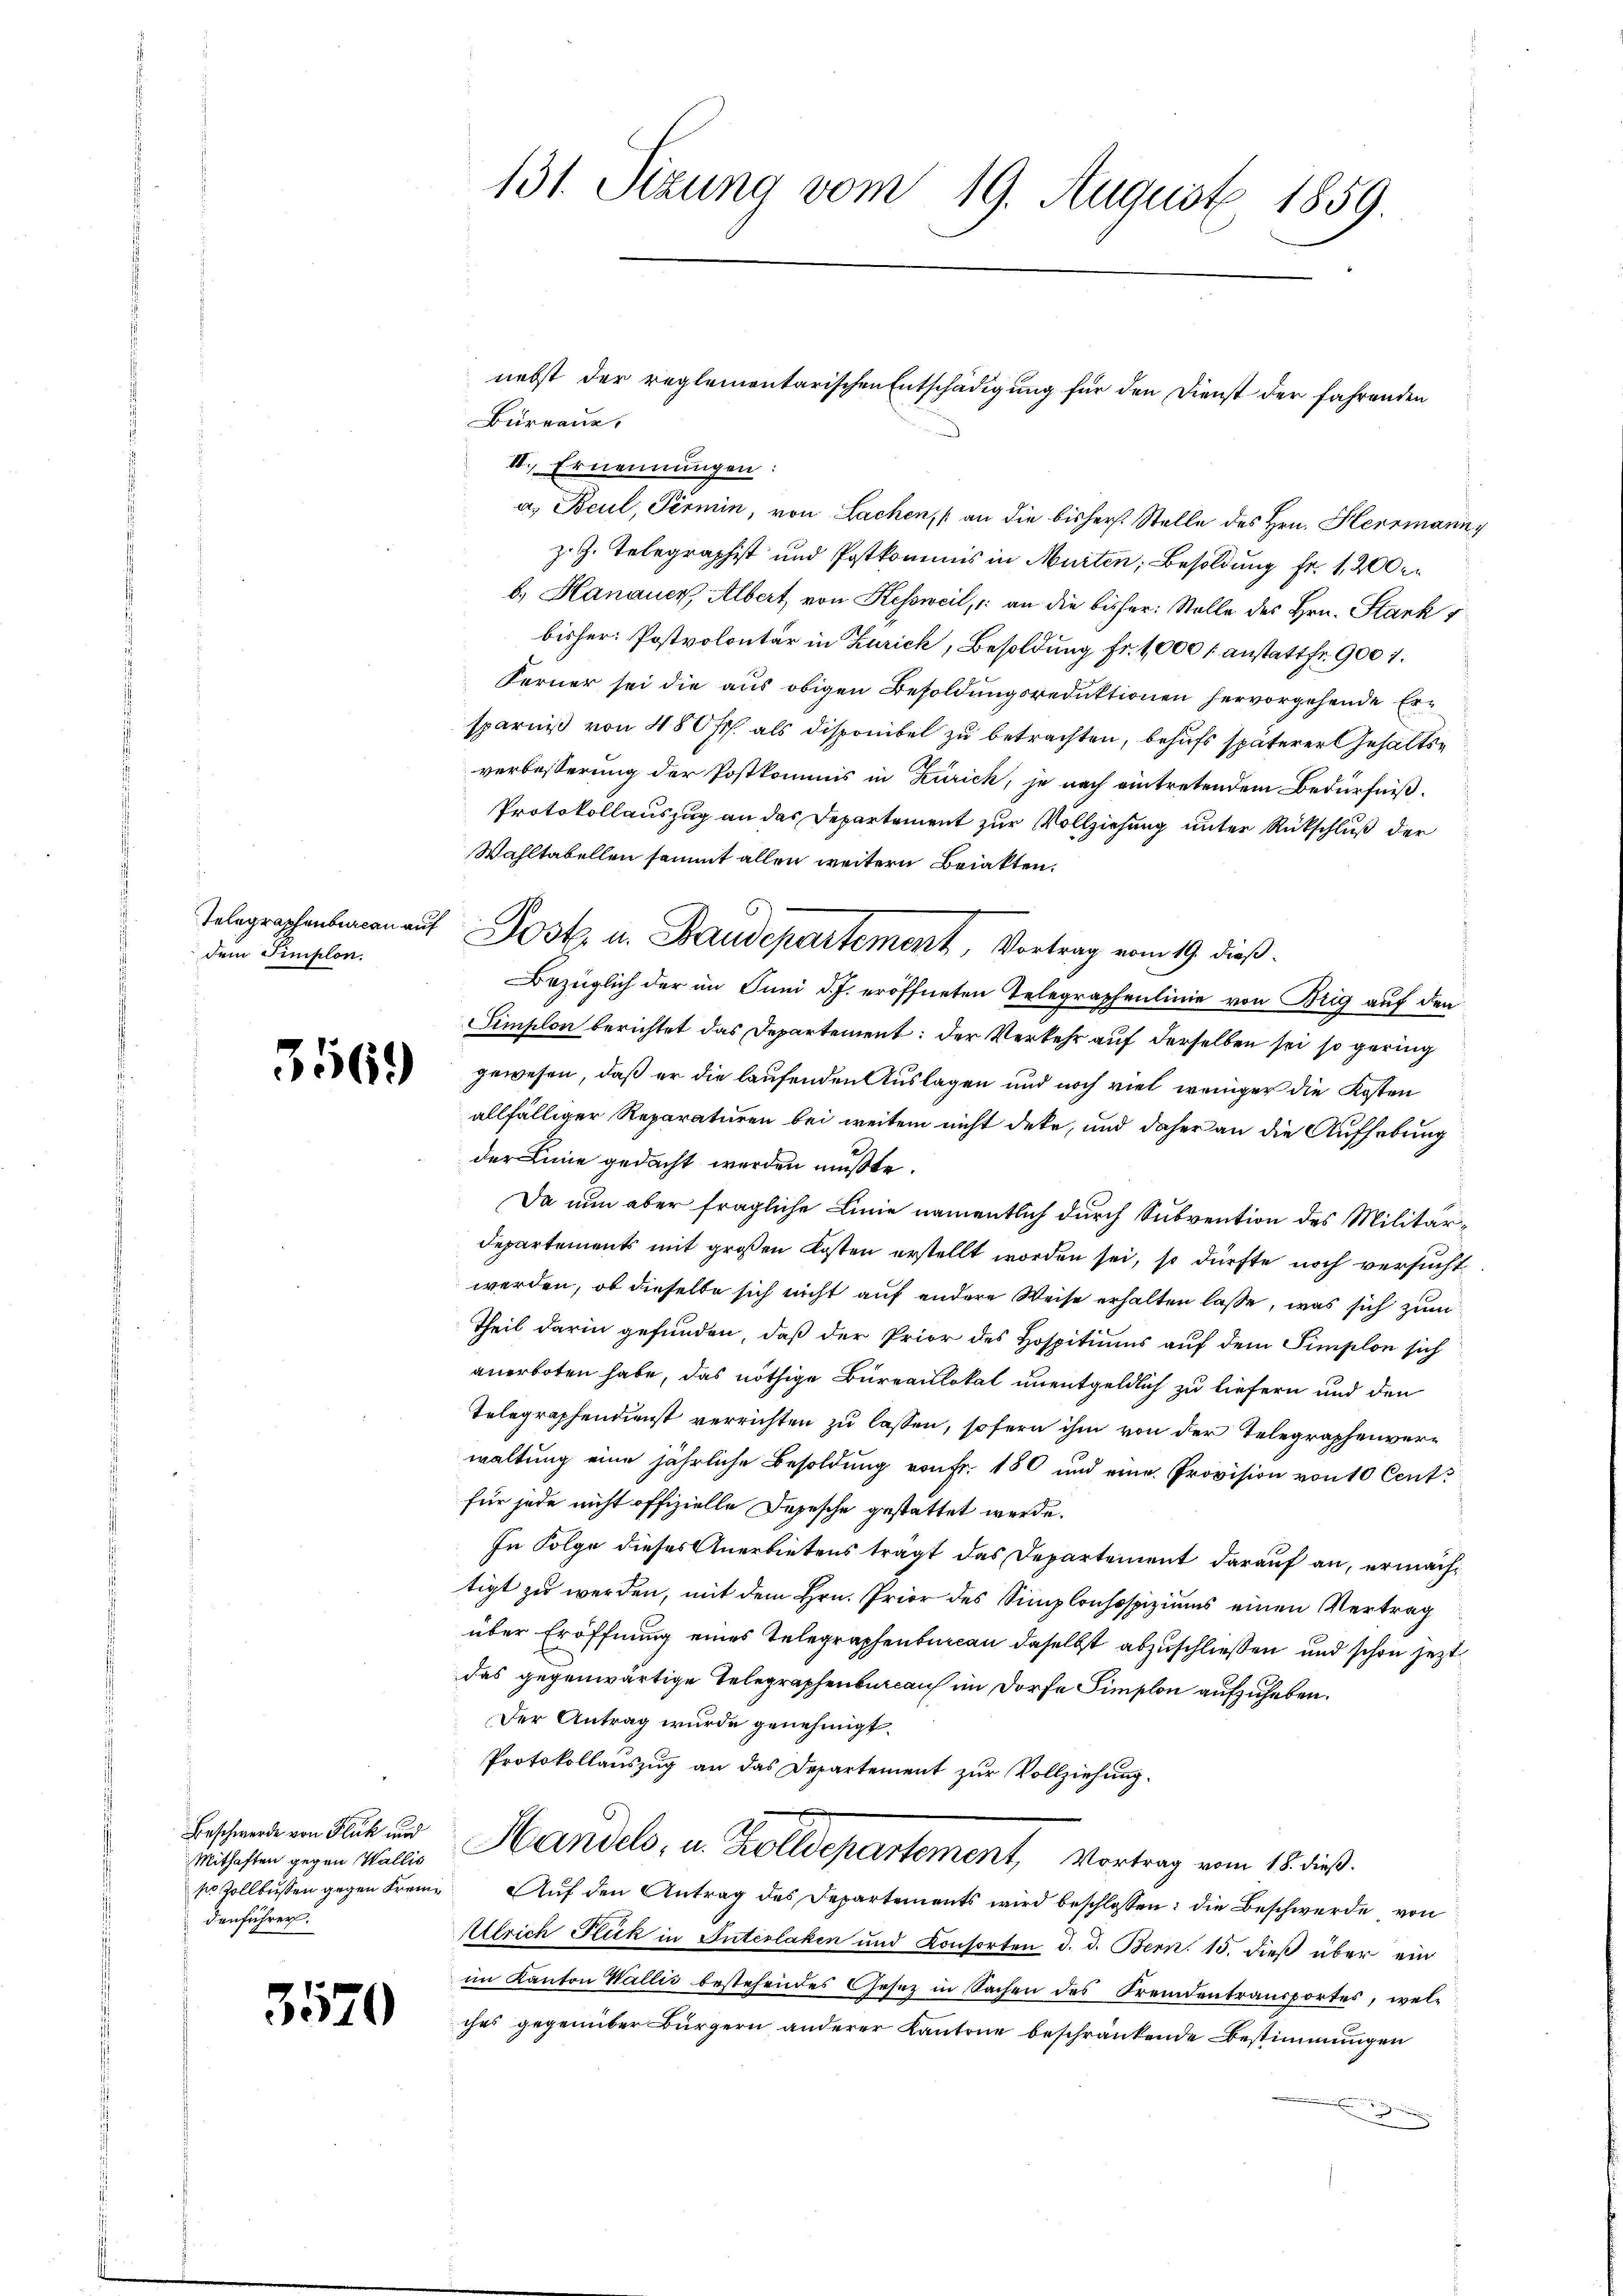
Telegraphenbureau auf
dem Simplon.

3569

Beschwerde von Flück und
Mithaften gegen Wallis
so Zollbussen gegen Freie
denführer.

3570

131. Sizung vom 19. August 1859.

Bureaue,
II. Ernennungen:
a. Beul, Termin, von Lachen, (an die bishers. Stelle des Hrn. Herrmannz. G. Telegraphist und Postkommis in Murten, Besoldung Fr. 1200 r
b. Hanauer, Albert von Kessweil, an die bisher: Stelle des Hrn. Stank
bisher Postvolontär in Zürich, Besoldung Fr. 1000 f: anstattfr. 900 7.
Ferner sei die aus obigen Besoldungsreduktionen hervorgehende Ersparniß von 480 fr. als Disponibel zu betrachten, behufs späterer Gehaltsverbesserung der Postkommis in Zürich, je nach eintretendem Bedürfniß.
Protokollauszug an das Departement zur Vollziehung unter Rückschluß der
Wahltabellen sammt allen weitern Beiakten.
Bezüglich der im Juni d. J. eröffneten Telegraphenlinie von Brig auf den
Simplon berichtet das Departement: der Verkehr auf derselben sei so gering
gewesen, daß er die laufenden Auslagen und noch viel weniger die Kosten
allfälliger Reparaturen bei weitem nicht deke, und daher an die Aufhebung
der Linie gedacht werden müßte.
Da nun aber fragliche Linie namentlich durch Subvention des Militär¬
Departements mit großen Kosten erstellt worden sei, so dürfte noch versuchtwerden, ob dieselbe sich nicht auf andere Weise erhalten lasse, was sich zum
Theil darin gefunden, daß der Prior des Hospitiums auf dem Simplon sich
anerboten habe, das nöthige Bureaulokal unentgeldlich zu liefern und den
Telegraphendienst verrichten zu lassen, sofern ihm von der Telegraphenverwaltung eine jährliche Besoldung von Fr. 180 und eine Provision von 10 Cent
für jede nicht offizielle Depesche gestattet werde.
In Folge dieses Anerbietens tragt das Departement darauf an, ermachtigt zu werden, mit dem Hrn. Prior des Simplonhospiziums einen Vertrag
über Eröffnung eines Telegraphenbureau daselbst abzuschließen und schon jezt
das gegenwärtige Telegraphenbureau im Dorfe Simplon aufzuheben.
Der Antrag wurde genehmigt.
Protokollauszug an das Departement zur Vollziehung.
Handels, u. Zolldepartement, Vortrag vom 18. dieß.
Auf den Antrag des Departements wird beschlossen: die Beschwerde von
Ulrich Flick in Interlaken und Konsorten d. d. Bern. 15. dieß über ein
im Kanton Wallis bestehendes Gesetz in Sachen des Fremdentransportes, welches gegenüber Bürgern anderer Kantone beschränkende Bestimmungen
u

Post u. Baudepartement, Vortrag vom 19. dieß.

nebst der reglementarischen Entschädigung für den Dienst der fahrenden